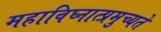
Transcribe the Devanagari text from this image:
महाविघ्नात्प्रमुच्यते